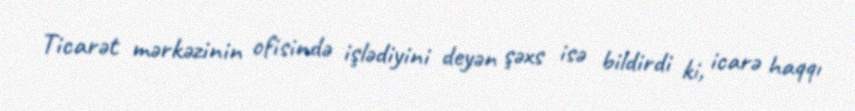
Ticarət mərkəzinin ofisində işlədiyini deyən şəxs isə bildirdi ki, icarə haqqı